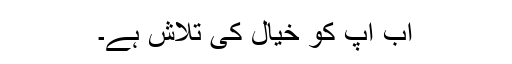
اب آپ کو خیال کی تلاش ہے۔